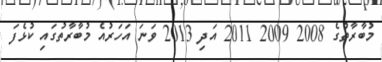
މުބާރާތުގެ 2008 2009 2011 އަދި 2013 ވަނަ އަހަރުއެ މުބާރާތުގައި ކުޅެފަ